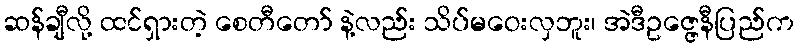
ဆန်ချီလို့ ထင်ရှားတဲ့ စေတီတော် နဲ့လည်း သိပ်မဝေးလှဘူး၊ အဲဒီဥဇ္ဇေနီပြည်က